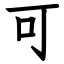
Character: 可